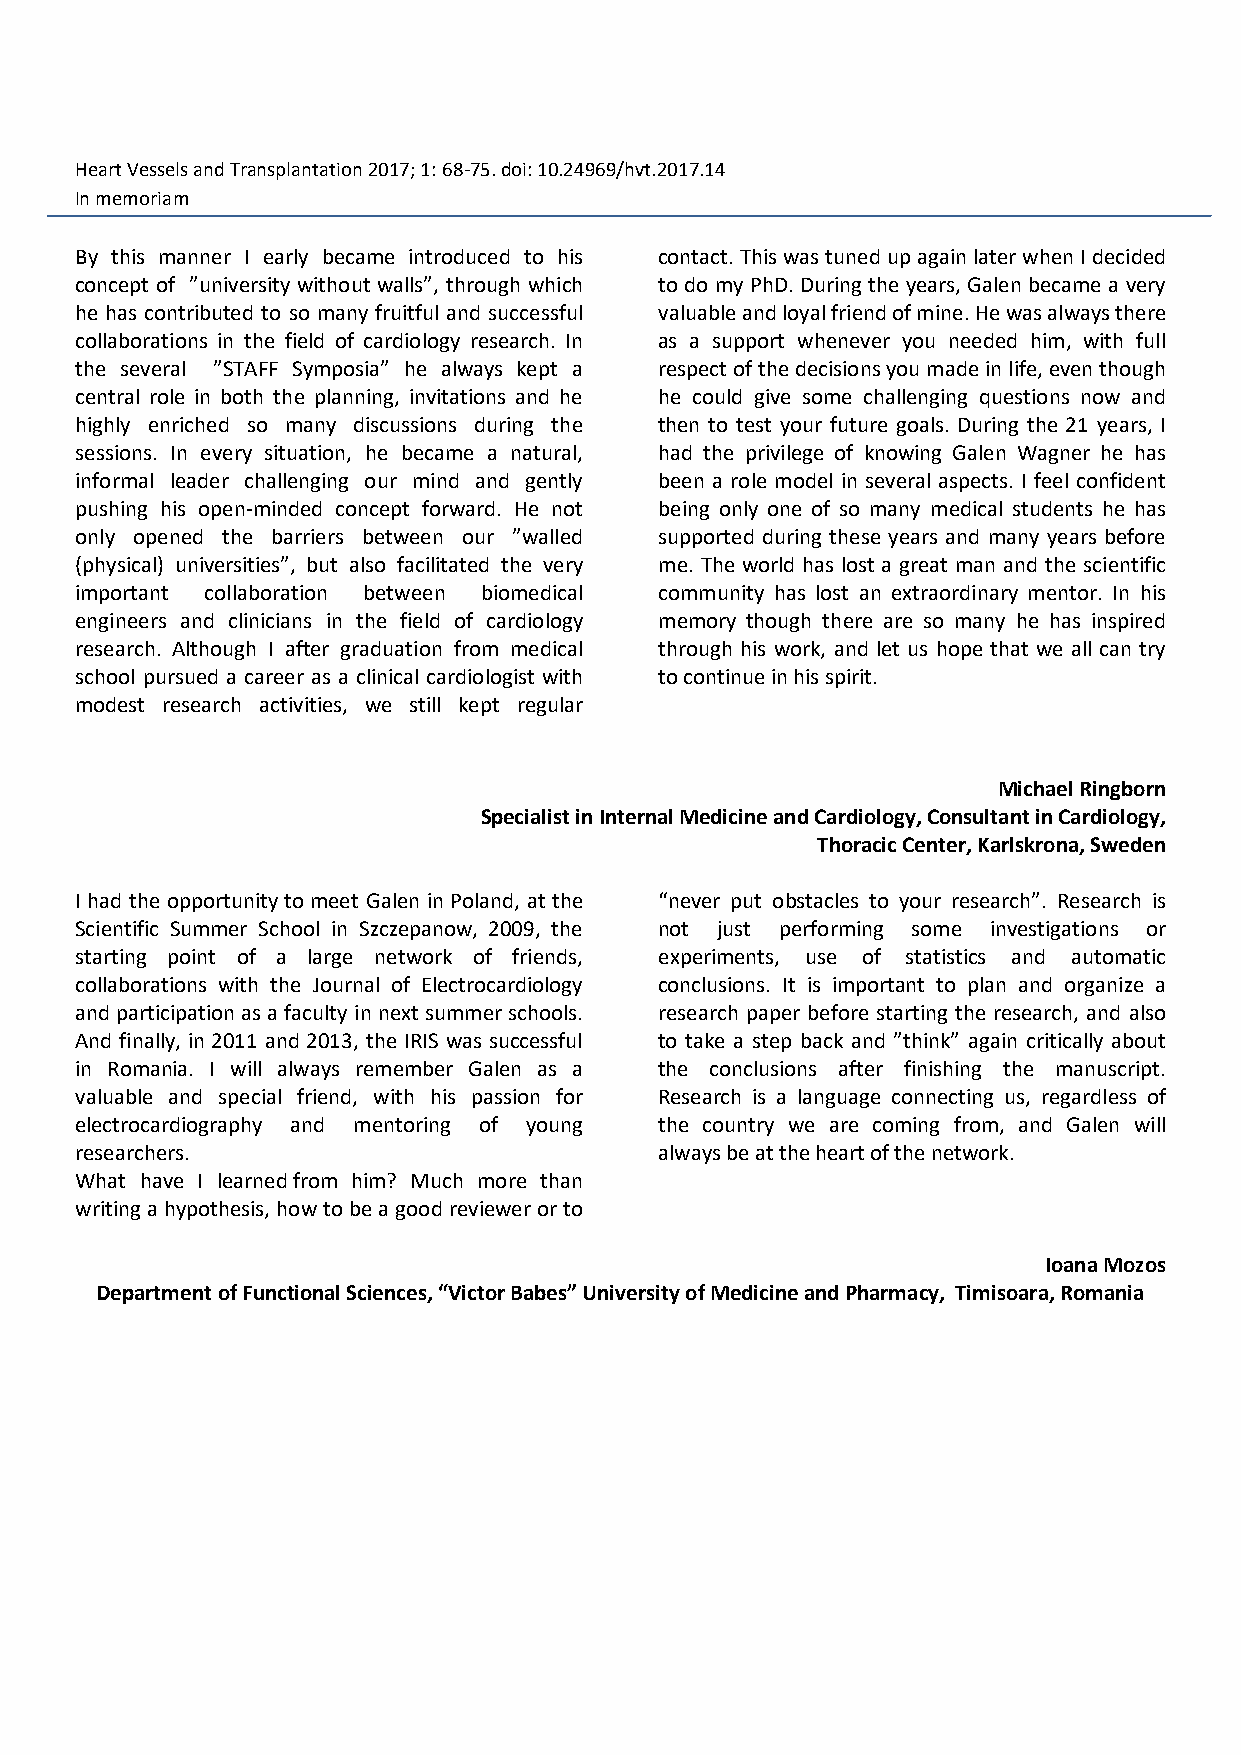
Heart Vessels and Transplantation 2017; 1: 68-75. doi: 10.24969/hvt.2017.14
 In memoriam
 By this manner I early became introduced to his contact. This was tuned up again later when I decided
 concept of ”university without walls”, through which to do my PhD. During the years, Galen became a very
 he has contributed to so many fruitful and successful valuable and loyal friend of mine. He was always there
 collaborations in the field of cardiology research. In as a support whenever you needed him, with full
 the several ”STAFF Symposia” he always kept a respect of the decisions you made in life, even though
 central role in both the planning, invitations and he he could give some challenging questions now and
 highly enriched so many discussions during the then to test your future goals. During the 21 years, I
 sessions. In every situation, he became a natural, had the privilege of knowing Galen Wagner he has
 informal leader challenging our mind and gently been a role model in several aspects. I feel confident
 pushing his open-minded concept forward. He not being only one of so many medical students he has
 only opened the barriers between our ”walled supported during these years and many years before
 (physical) universities”, but also facilitated the very me. The world has lost a great man and the scientific
 important collaboration between biomedical community has lost an extraordinary mentor. In his
 engineers and clinicians in the field of cardiology memory though there are so many he has inspired
 research. Although I after graduation from medical through his work, and let us hope that we all can try
 school pursued a career as a clinical cardiologist with to continue in his spirit.
 modest research activities, we still kept regular
 Michael Ringborn
 Specialist in Internal Medicine and Cardiology, Consultant in Cardiology,
 Thoracic Center, Karlskrona, Sweden
 I had the opportunity to meet Galen in Poland, at the “never put obstacles to your research”. Research is
 Scientific Summer School in Szczepanow, 2009, the not just performing some investigations or
 starting point of a large network of friends, experiments, use of statistics and automatic
 collaborations with the Journal of Electrocardiology conclusions. It is important to plan and organize a
 and participation as a faculty in next summer schools. research paper before starting the research, and also
 And finally, in 2011 and 2013, the IRIS was successful to take a step back and ”think” again critically about
 in Romania. I will always remember Galen as a the conclusions after finishing the manuscript.
 valuable and special friend, with his passion for Research is a language connecting us, regardless of
 electrocardiography and mentoring of young the country we are coming from, and Galen will
 researchers.                           always be at the heart of the network.
 What have I learned from him? Much more than
 writing a hypothesis, how to be a good reviewer or to
 Ioana Mozos
 Department of Functional Sciences, “Victor Babes” University of Medicine and Pharmacy, Timisoara, Romania